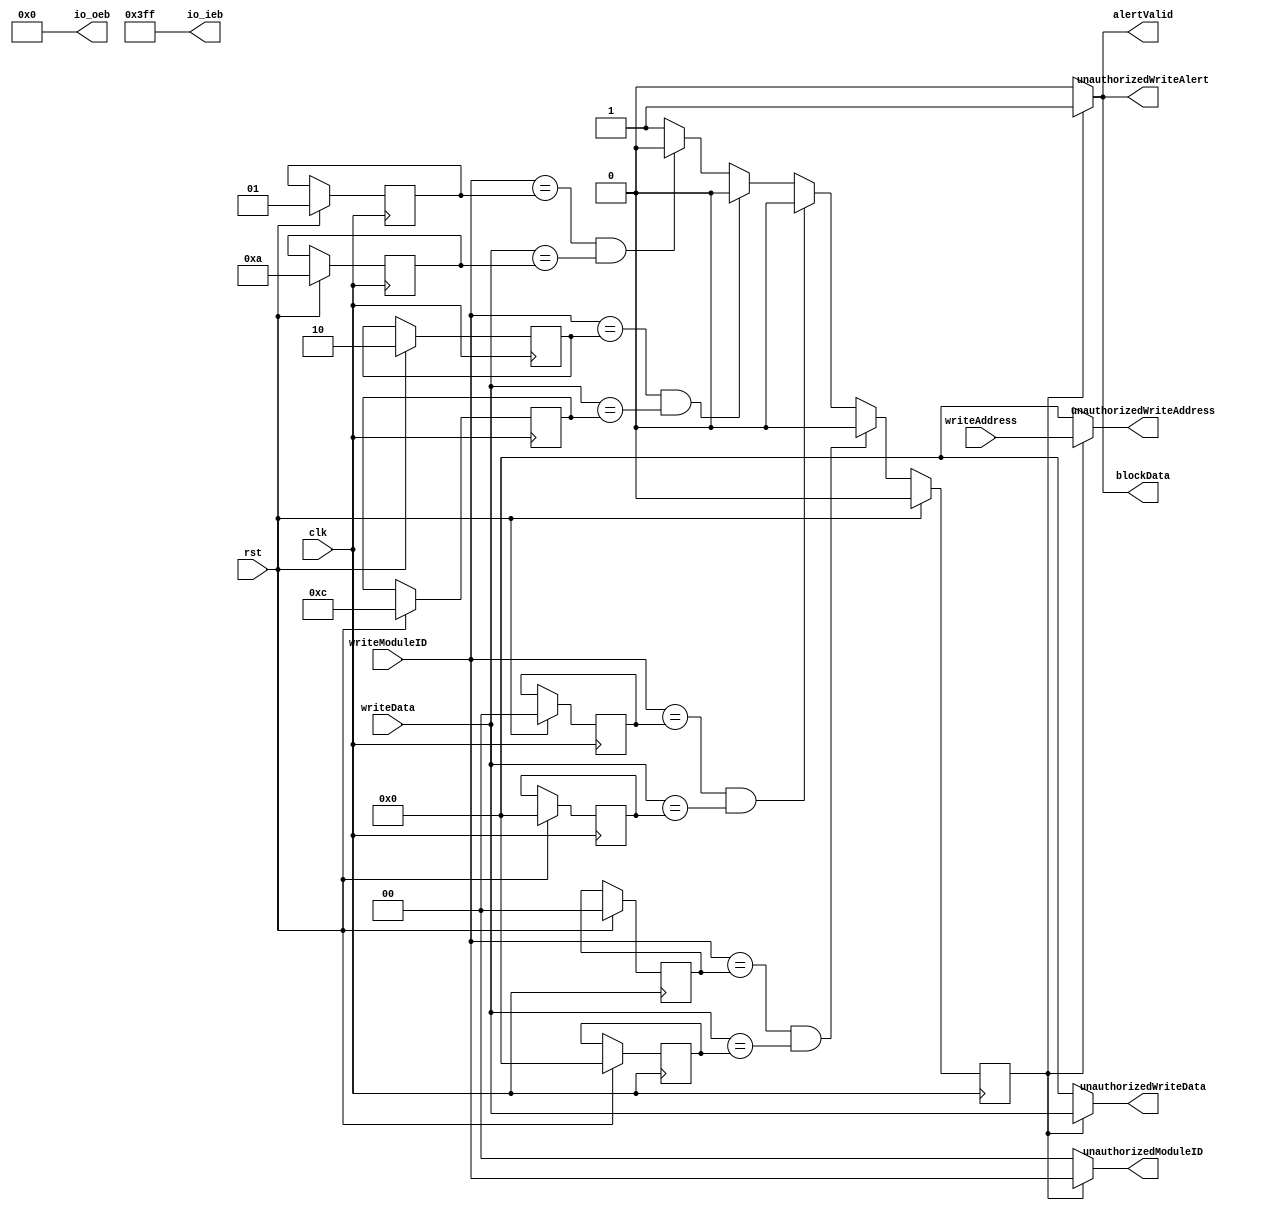
`default_nettype none
module MemoryWriteMonitor(
    `ifdef USE_POWER_PINS
       inout vccd1,  // User area 1 1.8V power
       inout vssd1,  // User area 1 digital ground
     `endif
    
    output wire [12:0]io_oeb,
    output wire [9:0]io_ieb,
    
    input clk,                  // Clock input
    input rst,                  // Reset input
    input [3:0] writeAddress,   // Write address input
    input [3:0] writeData,      // Write data input
    input [1:0] writeModuleID,  // Module ID input
    output reg unauthorizedWriteAlert,        // Unauthorized write alert signal
    output reg [1:0] unauthorizedModuleID,    // Unauthorized module ID signal
    output reg [3:0] unauthorizedWriteAddress, // Unauthorized write address signal
    output reg [3:0] unauthorizedWriteData,    // Unauthorized write data signal
    output reg alertValid,       // Alert valid signal
    output reg blockData         // Block data signal
);

    assign io_oeb=13'b0000000000000;
    assign io_ieb=10'b1111111111;
  

 // Parameterss
    parameter MAX_AUTHORIZED_MODULES = 4;

    // Internal registers
    reg [3:0] authorizedModuleMemory [0:MAX_AUTHORIZED_MODULES-1];
    reg [1:0] authorizedModuleIDs [0:MAX_AUTHORIZED_MODULES-1];
    reg [2:0] numAuthorizedModules;
    reg [2:0] unauthorizedWriteIndex;
    reg unauthorizedWriteDetected;
    reg [31:0]i;
    // Initialize authorized module data on reset
    always @(posedge clk) 
    begin
        if (rst) begin
            // Reset internal registers
            numAuthorizedModules <= 0;
            unauthorizedWriteIndex <= 0;
            unauthorizedWriteDetected <= 0;

            // Initialize specific entries to non-zero values (customize as needed)
            authorizedModuleMemory[0] <= 4'b1010; // Example authorized memory region
            authorizedModuleIDs[0] <= 2'b01;      // Example authorized module ID
            
            authorizedModuleMemory[1] <= 4'b1100; // Additional authorized memory region
            authorizedModuleIDs[1] <= 2'b10;      // Additional authorized module ID
            
           authorizedModuleMemory[2] <= 4'b0000; // Additional authorized memory region
            authorizedModuleIDs[2] <= 2'b00;  
            
            authorizedModuleMemory[3] <= 4'b0000; // Additional authorized memory region
            authorizedModuleIDs[3] <= 2'b00;  
            
            // Initialize other entries (if needed) to zero or non-zero values as required
        end else begin
            // Initialize the number of authorized modules (customize as needed)
            numAuthorizedModules <= 2; // Set the number of authorized modules
            
             unauthorizedWriteDetected <= 1; // Assume it's unauthorized

            for (i = 0; i < 4; i = i + 1) begin
                if (writeModuleID == authorizedModuleIDs[i] && writeData == authorizedModuleMemory[i]) begin
                    unauthorizedWriteDetected <= 0; // Reset if it's authorized
                end
        end
    end
 end
    

    // Alert generation and output logic
  always @(*) begin
        if (unauthorizedWriteDetected) begin
            // Unauthorized write detected
            unauthorizedWriteAlert <= 1;
            unauthorizedModuleID <= writeModuleID;
            unauthorizedWriteAddress <= writeAddress;
            unauthorizedWriteData <= writeData;
            alertValid <= 1;
            blockData <= 1;
        end 
        else 
        begin
            // No unauthorized write detected
            unauthorizedWriteAlert <= 0;
            unauthorizedModuleID <= 2'b00;
            unauthorizedWriteAddress <= 4'b0000;
            unauthorizedWriteData <= 4'b0000;
            alertValid <= 0;
            blockData <= 0;
        end
    end

endmodule